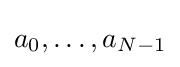
a_{0},\ldots ,a_{N-1}